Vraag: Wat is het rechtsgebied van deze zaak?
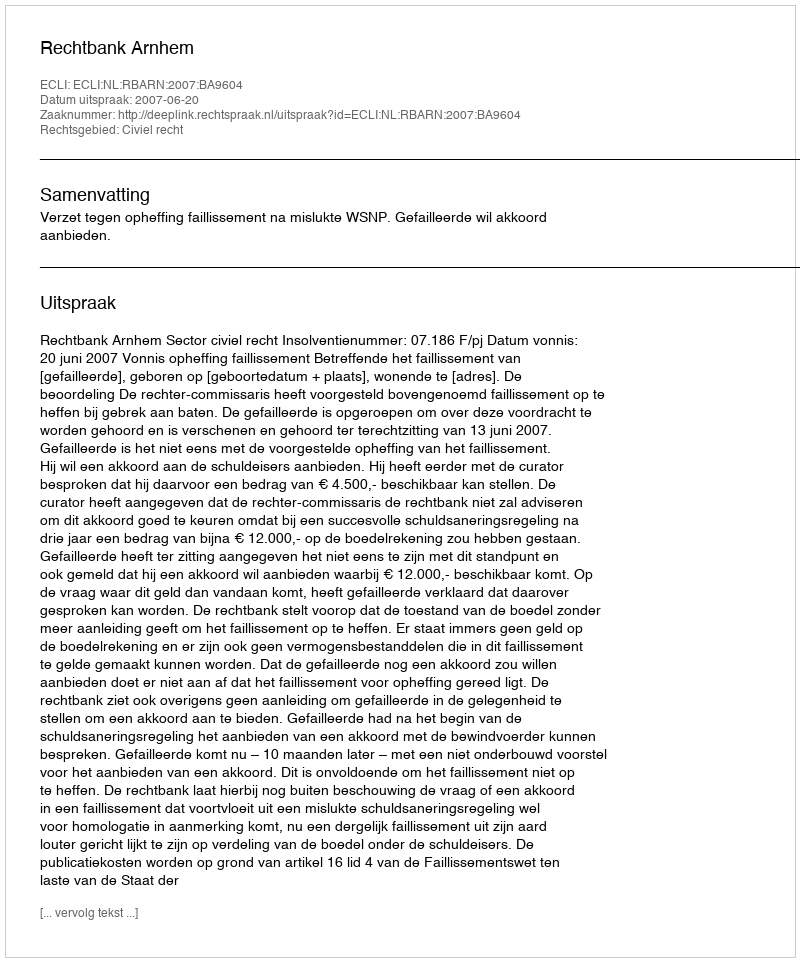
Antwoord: Civiel recht